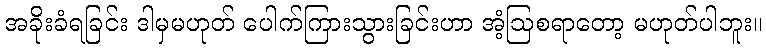
အခိုးခံရခြင်း ဒါမှမဟုတ် ပေါက်ကြားသွားခြင်းဟာ အံ့ဩစရာတော့ မဟုတ်ပါဘူး။